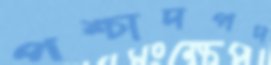
পশ্চাদপদ